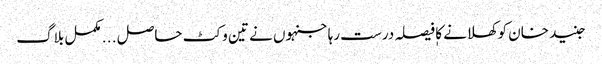
جنید خان کوکھلانے کا فیصلہ درست رہا جنہوں نے تین وکٹ حاصل . . . مکمل بلاگ